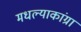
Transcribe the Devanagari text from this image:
मधल्याकांग्रा